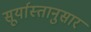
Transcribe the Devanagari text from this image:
सूर्यास्तानुसार